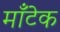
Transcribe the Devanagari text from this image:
माँटेक